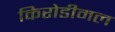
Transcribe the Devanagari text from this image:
किरोडीमल